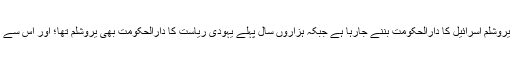
یہ ایک تاریخی موقع ہے کہ آج یروشلم اسرائیل کا دارالحکومت بننے جارہا ہے جبکہ ہزاروں سال پہلے یہودی ریاست کا دارالحکومت بھی یروشلم تھا؛ اور اس سے مشرق وسطٰی میں امن قائم ہوگا۔